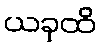
ယခုထိ